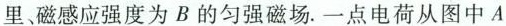
里、磁感应强度为B的匀强磁场。一点电荷从图中A